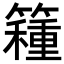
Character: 𥵾